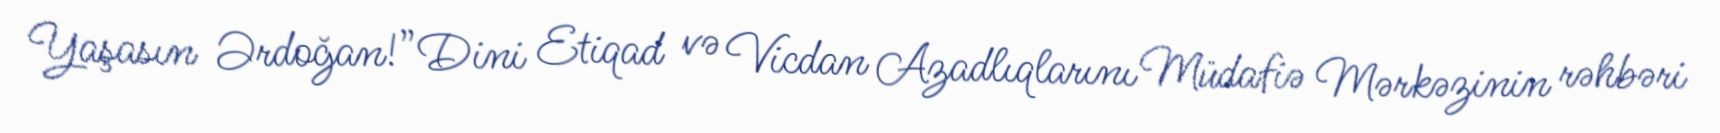
Yaşasın Ərdoğan!”Dini Etiqad və Vicdan Azadlıqlarını Müdafiə Mərkəzinin rəhbəri